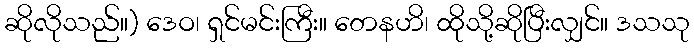
ဆိုလိုသည်။) ဒေဝ၊ ရှင်မင်းကြီး။ တေနဟိ၊ ထိုသို့ဆိုပြီးလျှင်။ ဒသသု